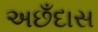
અછઁદાસ